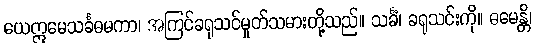
ယေဣမေသင်္ခဓမကာ၊ အကြင်ခရုသင်မှုတ်သမားတို့သည်။ သင်္ခံ၊ ခရုသင်းကို။ ဓမေန္တိ၊